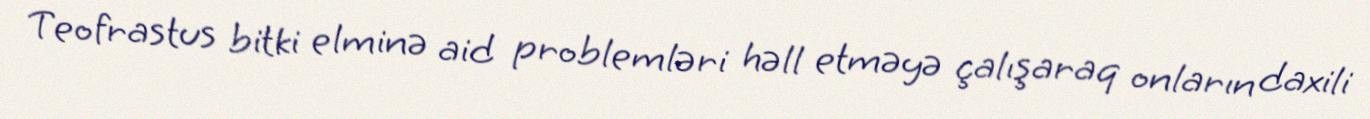
Teofrastus bitki elminə aid problemləri həll etməyə çalışaraq onların daxili